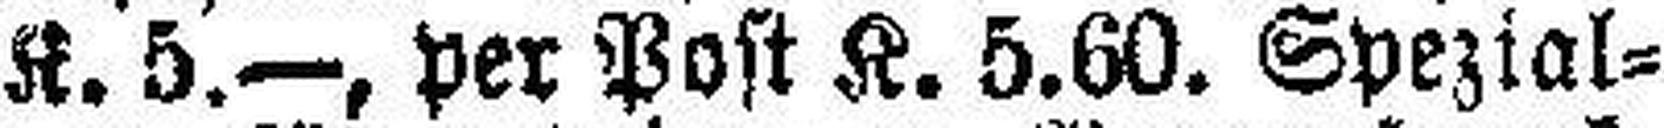
K. 5.—, per Post K. 5.60. Spezial¬